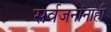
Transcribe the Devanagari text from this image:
सर्वजनांनाही